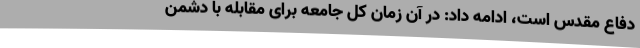
دفاع مقدس است، ادامه داد: در آن زمان کل جامعه برای مقابله با دشمن